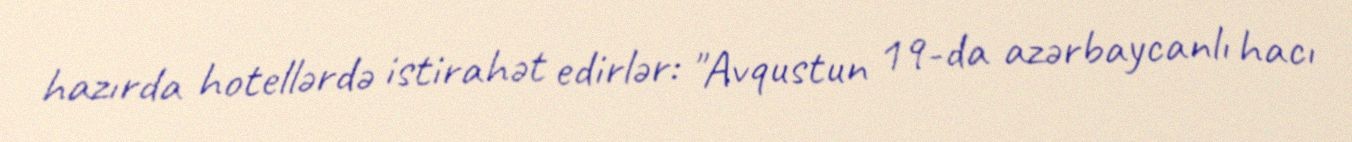
hazırda hotellərdə istirahət edirlər: "Avqustun 19-da azərbaycanlı hacı